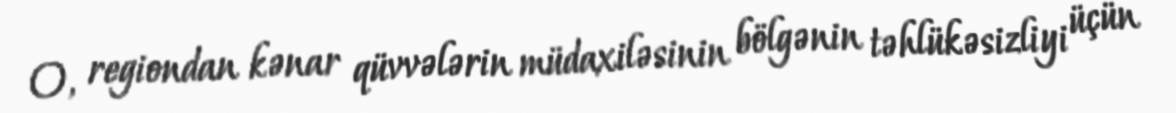
O, regiondan kənar qüvvələrin müdaxiləsinin bölgənin təhlükəsizliyi üçün